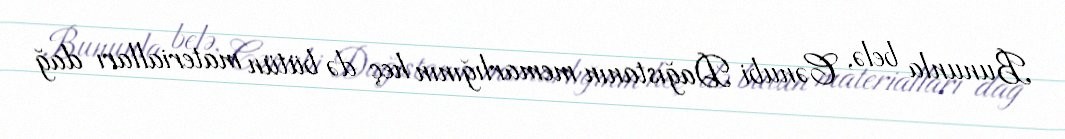
Bununla belə, Cənubi Dağıstanın memarlığının heç də bütün materialları dağ